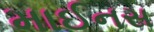
માઈનસ